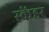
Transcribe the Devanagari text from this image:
स्केंडर